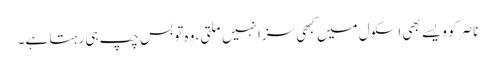
ناصر کو ویسے بھی اسکول میں کبھی سزا نہیں ملتی، وہ تو بس چپ ہی رہتا ہے۔